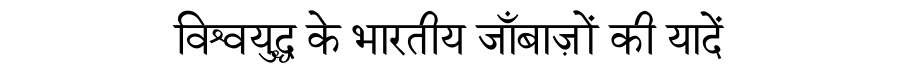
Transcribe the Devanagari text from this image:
विश्वयुद्ध के भारतीय जाँबाज़ों की यादें